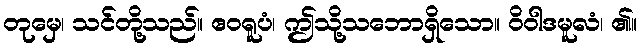
တုမှေ၊ သင်တို့သည်။ ဧဝရူပံ၊ ဤသို့သဘောရှိသော။ ဝိဝါဒမူလံ၊ ၏။